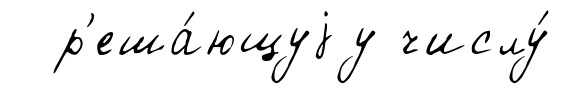
р'еша́ющуjу числу́